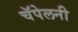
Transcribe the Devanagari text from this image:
चॅपेलनी